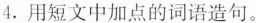
4.用短文中加点的词语造句。